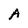
Character: A